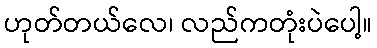
ဟုတ်တယ်လေ၊ လည်ကတုံးပဲပေါ့။